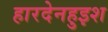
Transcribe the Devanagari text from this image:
हारदेनहुइश